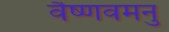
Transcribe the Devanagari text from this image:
वैष्णवमनु